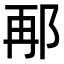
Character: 𮟸